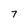
Character: 7